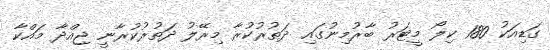
ގަޑިއަކު 180 ކިލޯ މީޓަރު ބާރުމިނުގައި ދަތުރުކުރާ މިރޭލު ދަތުރުކުރާނީ ޖިއްދާ މައްކާ